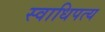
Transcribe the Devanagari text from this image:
स्वाधिपत्य